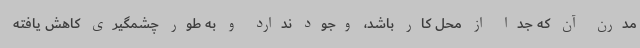
مدرن آن که جدا از محل کار باشد، وجود ندارد و به طور چشمگیری کاهش یافته